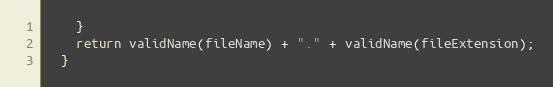
Language: Java
    }
    return validName(fileName) + "." + validName(fileExtension);
  }